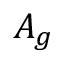
A _ { g }